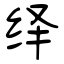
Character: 绎